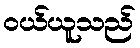
ဝယ်ယူသည်